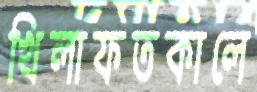
খিলাফতকালে